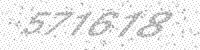
Solution: 577678